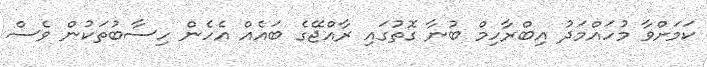
ކަމަށްވާ މުހައްމަދު އިބްރާހިމް ބުނާ ގޮތުގައި ރާއްޖޭގެ ބައެއް އެހެން ހިސާބުތަކުން ވެސް